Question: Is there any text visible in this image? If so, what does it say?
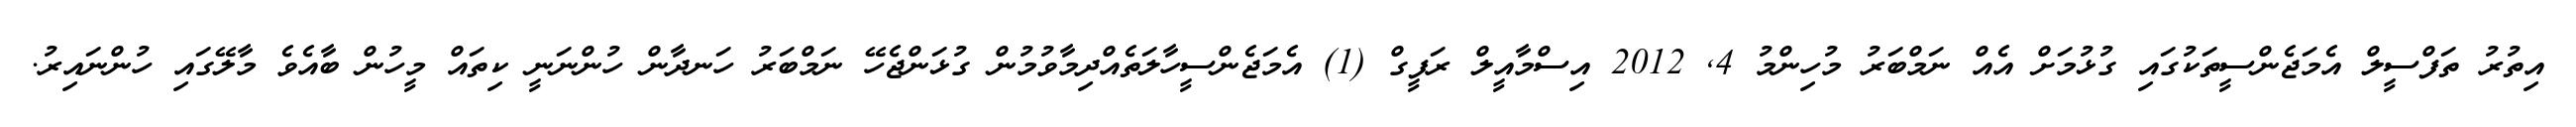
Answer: އިތުރު ތަފްސީލް އެމަޖެންސީތަކުގައި ގުޅުމަށް އެއް ނަމްބަރު މުހިންމު 4, 2012 އިސްމާއީލް ރަފީގް (1) އެމަޖެންސީހާލަތެއްދިމާވުމުން ގުޅަންޖެހޭ ނަމްބަރު ހަނދާން ހުންނަނީ ކިތައް މީހުން ބާއެވެ މާލޭގައި ހުންނައިރު.